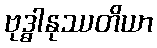
ဗုဒ္ဓါနုဿတိယာ